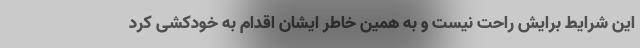
این شرایط برایش راحت نیست و به همین خاطر ایشان اقدام به خودکشی کرد